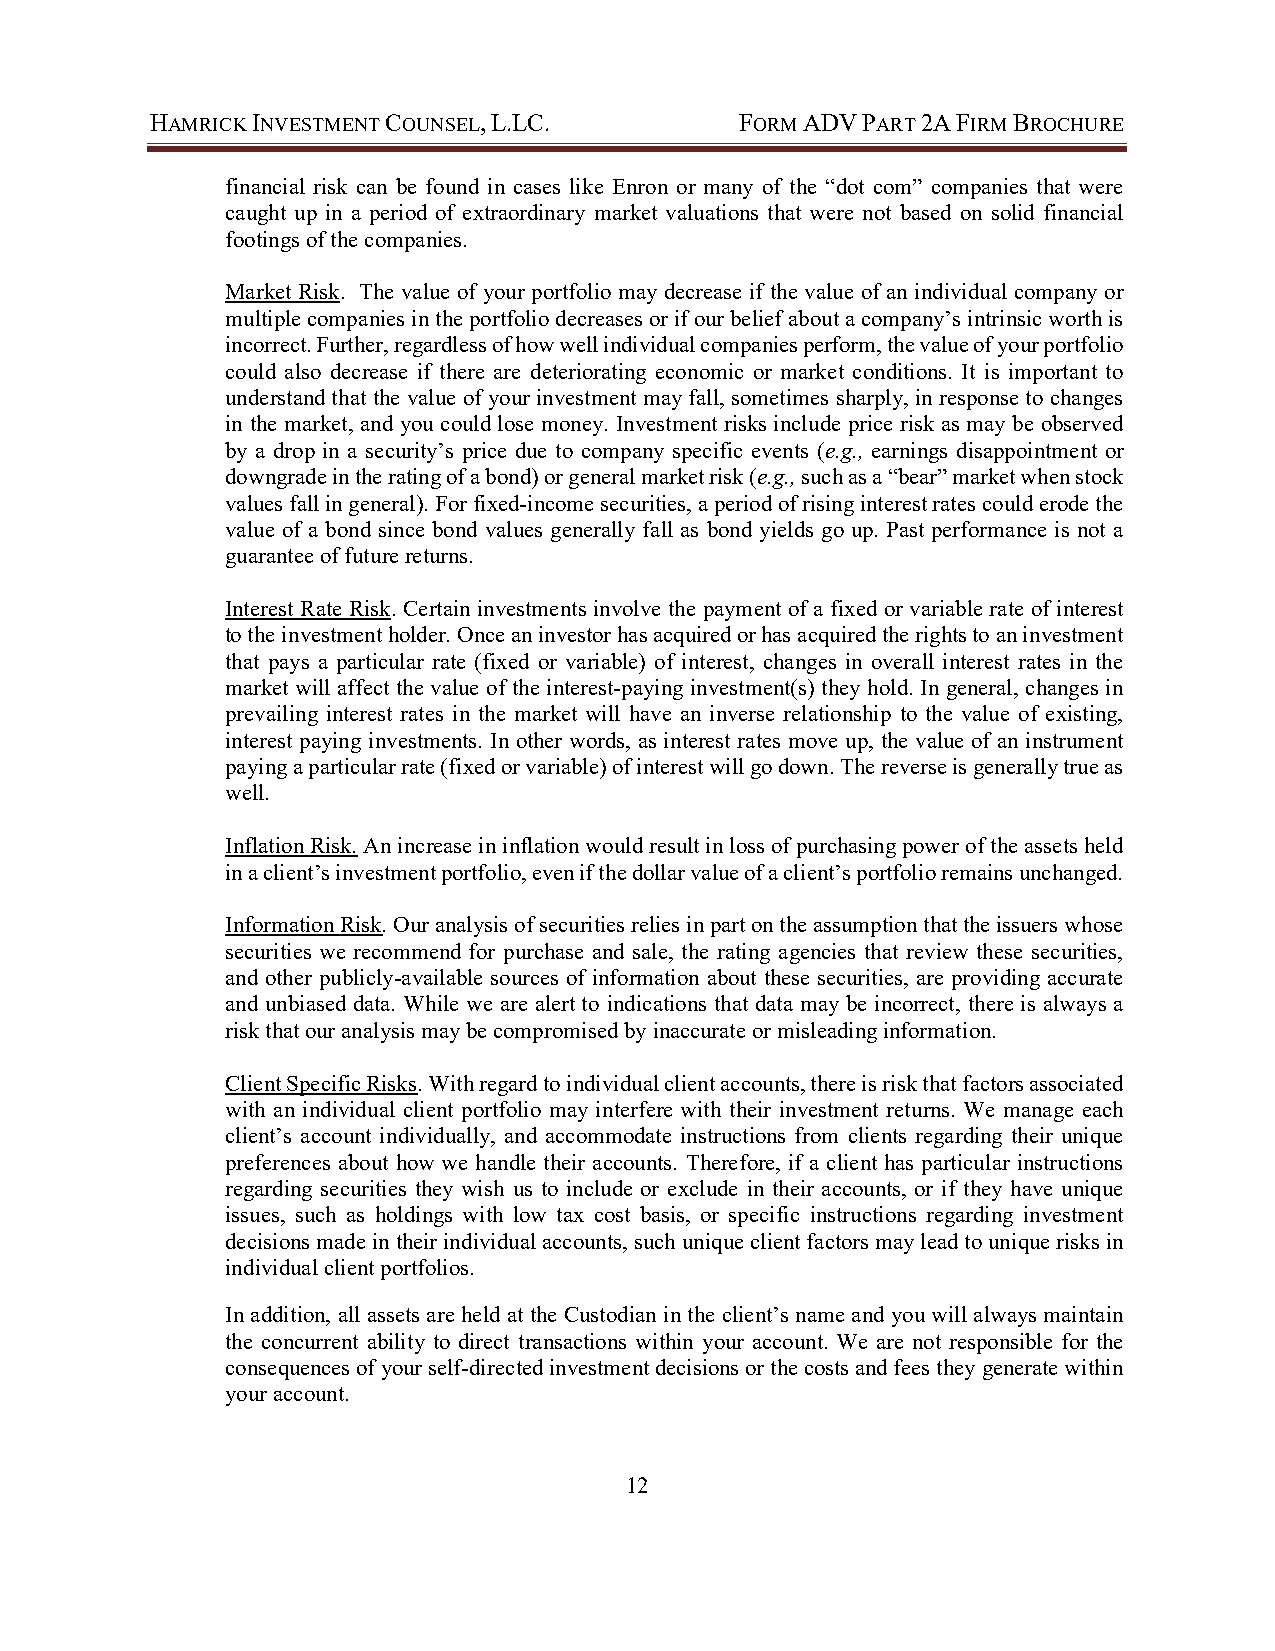
HAMRICK INVESTMENT COUNSEL, L.LC.      FORM ADV PART 2A FIRM BROCHURE
 financial risk can be found in cases like Enron or many of the “dot com” companies that were
 caught up in a period of extraordinary market valuations that were not based on solid financial
 footings of the companies.
 Market Risk. The value of your portfolio may decrease if the value of an individual company or
 multiple companies in the portfolio decreases or if our belief about a company’s intrinsic worth is
 incorrect. Further, regardless of how well individual companies perform, the value of your portfolio
 could also decrease if there are deteriorating economic or market conditions. It is important to
 understand that the value of your investment may fall, sometimes sharply, in response to changes
 in the market, and you could lose money. Investment risks include price risk as may be observed
 by a drop in a security’s price due to company specific events (e.g., earnings disappointment or
 downgrade in the rating of a bond) or general market risk (e.g., such as a “bear” market when stock
 values fall in general). For fixed-income securities, a period of rising interest rates could erode the
 value of a bond since bond values generally fall as bond yields go up. Past performance is not a
 guarantee of future returns.
 Interest Rate Risk. Certain investments involve the payment of a fixed or variable rate of interest
 to the investment holder. Once an investor has acquired or has acquired the rights to an investment
 that pays a particular rate (fixed or variable) of interest, changes in overall interest rates in the
 market will affect the value of the interest-paying investment(s) they hold. In general, changes in
 prevailing interest rates in the market will have an inverse relationship to the value of existing,
 interest paying investments. In other words, as interest rates move up, the value of an instrument
 paying a particular rate (fixed or variable) of interest will go down. The reverse is generally true as
 well.
 Inflation Risk. An increase in inflation would result in loss of purchasing power of the assets held
 in a client’s investment portfolio, even if the dollar value of a client’s portfolio remains unchanged.
 Information Risk. Our analysis of securities relies in part on the assumption that the issuers whose
 securities we recommend for purchase and sale, the rating agencies that review these securities,
 and other publicly-available sources of information about these securities, are providing accurate
 and unbiased data. While we are alert to indications that data may be incorrect, there is always a
 risk that our analysis may be compromised by inaccurate or misleading information.
 Client Specific Risks. With regard to individual client accounts, there is risk that factors associated
 with an individual client portfolio may interfere with their investment returns. We manage each
 client’s account individually, and accommodate instructions from clients regarding their unique
 preferences about how we handle their accounts. Therefore, if a client has particular instructions
 regarding securities they wish us to include or exclude in their accounts, or if they have unique
 issues, such as holdings with low tax cost basis, or specific instructions regarding investment
 decisions made in their individual accounts, such unique client factors may lead to unique risks in
 individual client portfolios.
 In addition, all assets are held at the Custodian in the client’s name and you will always maintain
 the concurrent ability to direct transactions within your account. We are not responsible for the
 consequences of your self-directed investment decisions or the costs and fees they generate within
 your account.
 12